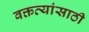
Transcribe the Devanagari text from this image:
वक्तव्यांसाठी